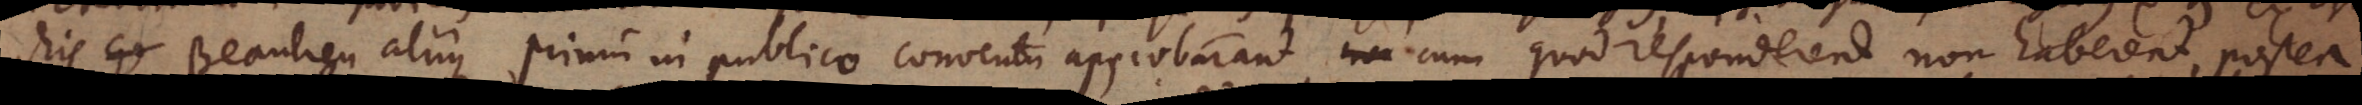
chis Beaulieu aliique primum in publico conventum approbaverant, cum quod responderent non haberent, postea